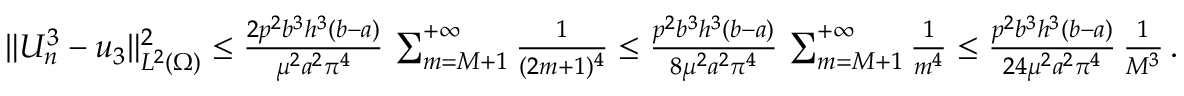
\begin{array} { r } { \| U _ { n } ^ { 3 } - u _ { 3 } \| _ { L ^ { 2 } ( \Omega ) } ^ { 2 } \le \frac { 2 p ^ { 2 } b ^ { 3 } h ^ { 3 } ( b - a ) } { \mu ^ { 2 } a ^ { 2 } \pi ^ { 4 } } \, \sum _ { m = M + 1 } ^ { + \infty } \frac { 1 } { ( 2 m + 1 ) ^ { 4 } } \le \frac { p ^ { 2 } b ^ { 3 } h ^ { 3 } ( b - a ) } { 8 \mu ^ { 2 } a ^ { 2 } \pi ^ { 4 } } \, \sum _ { m = M + 1 } ^ { + \infty } \frac { 1 } { m ^ { 4 } } \le \frac { p ^ { 2 } b ^ { 3 } h ^ { 3 } ( b - a ) } { 2 4 \mu ^ { 2 } a ^ { 2 } \pi ^ { 4 } } \, \frac { 1 } { M ^ { 3 } } \, . } \end{array}